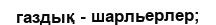
газдық - шарльерлер;